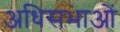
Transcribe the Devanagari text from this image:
अधिसभाओं